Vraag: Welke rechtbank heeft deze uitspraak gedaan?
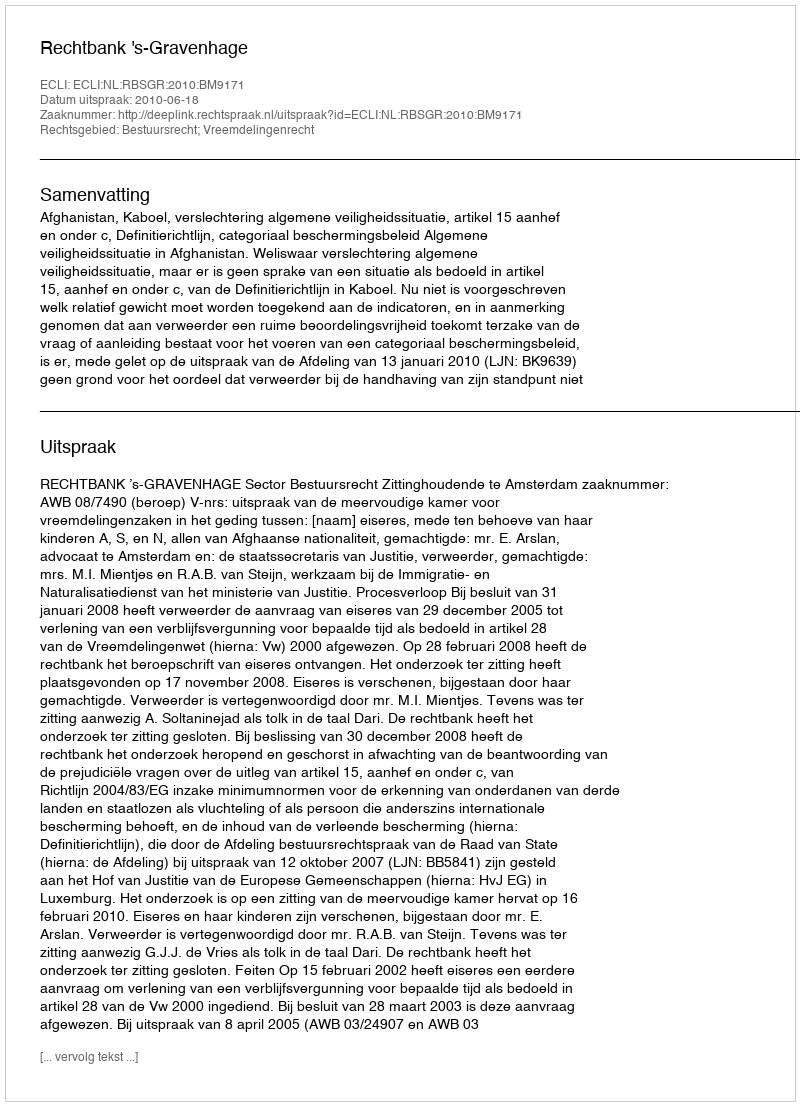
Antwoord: Rechtbank 's-Gravenhage